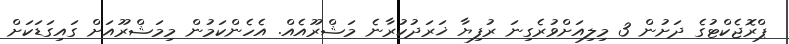
ޕްރޮޖެކްޓުގެ ދަށުން 3 މިލިއަށްވުރެގިނަ ރުފިޔާ ޚަރަދުކުރާނެ މަޝްރޫއެއް. އެހެންކަމުން މިމަޝްރޫއަށް ގައިގަޑަކަށް